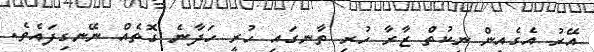
އޭރު އެގެއިން ނިކުތް ޒާރާ ހުރި ތާނގައި ހުރީ ހަދާނެ ގޮތެއް ނޭނގިފައެވެ.